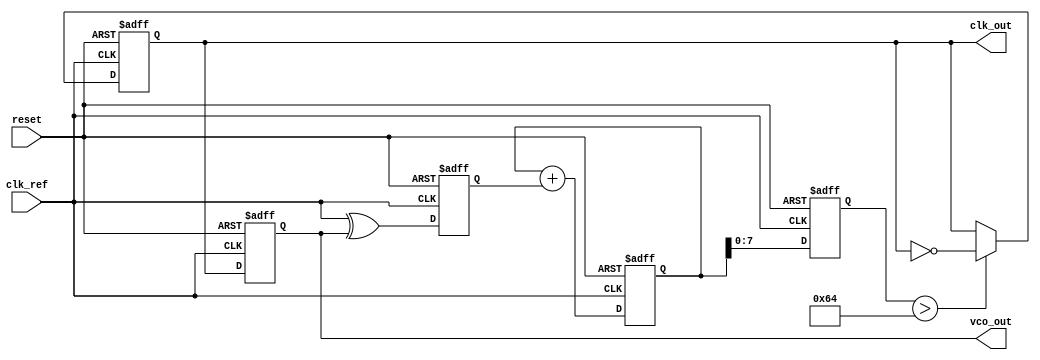
module ContinuousTimePLL (
    input wire clk_ref,        // Reference clock input
    input wire reset,          // Asynchronous reset
    output reg clk_out,        // Output clock
    output reg vco_out         // VCO output
);

// Phase Detector (PD)
reg pd_out;                  // Phase Detector output
always @(posedge clk_ref or posedge reset) begin
    if (reset) begin
        pd_out <= 1'b0;       // Reset phase detector output
    end else begin
        // Simple XOR Phase Detector
        pd_out <= clk_ref ^ vco_out; // Compare reference and VCO output
    end
end

// Loop Filter (LF)
reg [15:0] lf_out;           // Loop Filter output (control voltage)
always @(posedge clk_ref or posedge reset) begin
    if (reset) begin
        lf_out <= 16'b0;      // Reset loop filter output
    end else begin
        // Simple first-order low-pass filter
        lf_out <= lf_out + pd_out; // Integrate phase error
    end
end

// Voltage-Controlled Oscillator (VCO)
reg [7:0] vco_frequency;     // VCO frequency control
always @(posedge clk_ref or posedge reset) begin
    if (reset) begin
        vco_frequency <= 8'd100; // Initial frequency setting
    end else begin
        // Simple model of VCO frequency control
        vco_frequency <= lf_out[7:0]; // Control frequency based on LF output
    end
end

// Generate VCO output clock
always @(posedge clk_ref or posedge reset) begin
    if (reset) begin
        vco_out <= 1'b0;      // Reset VCO output
        clk_out <= 1'b0;      // Reset output clock
    end else begin
        // Toggle output based on VCO frequency
        if (vco_frequency > 100) begin
            clk_out <= ~clk_out; // Simple toggle mechanism
        end
        vco_out <= clk_out;     // VCO output follows output clock
    end
end

endmodule